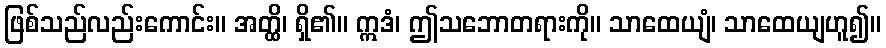
ဖြစ်သည်လည်းကောင်း။ အတ္ထိ၊ ရှိ၏။ ဣဒံ၊ ဤသဘောတရားကို။ သာထေယျံ၊ သာထေယျဟူ၍။